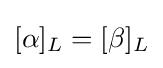
[\alpha ]_{L}=[\beta ]_{L}